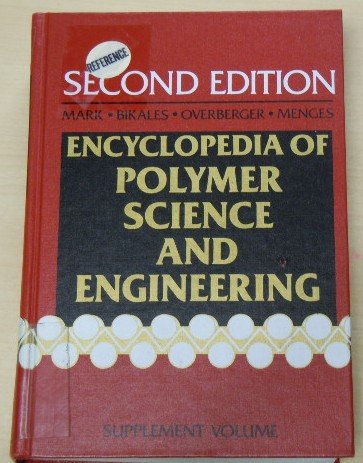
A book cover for Acid-Base Interactions to Vinyl Chloride Polymers, Supplement Volume, Encyclopedia of Polymer Science and Engineering, 2nd Edition; Science & Math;